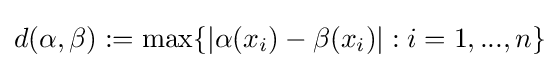
d(\alpha ,\beta ):=\max\{|\alpha (x_{i})-\beta (x_{i})|:i=1,...,n\}